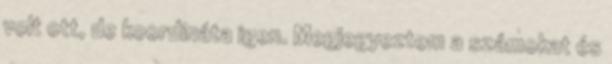
volt ott, de koordináta igen. Megjegyeztem a számokat és